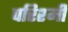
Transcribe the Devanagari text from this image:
परिश्मी